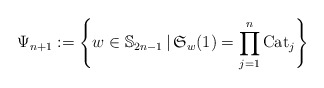
\begin{gather*}\Psi_{n+1} := \left\{ w \in \mathbb{S}_{2n-1} \,|\, \mathfrak{S}_{w}(1)=\prod_{j=1}^{n} {\rm Cat}_j \right\}\end{gather*}